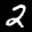
Label: 2